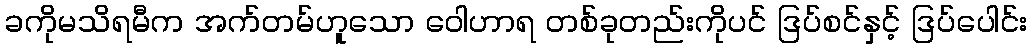
ခကိုမသိရမီက အက်တမ်ဟူသော ဝေါဟာရ တစ်ခုတည်းကိုပင် ဒြပ်စင်နှင့် ဒြပ်ပေါင်း